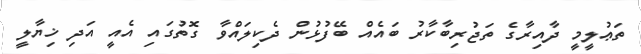
ތަޢުލީމީ ދާއިރާގެ ތަޖުރިބާކާރު ބައެއް ބޭފުޅުން ދެކިލައްވާ ގޮތުގައި އެއީ އަދި ޚިޔާލީ